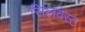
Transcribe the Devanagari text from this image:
सिलवेस्ट